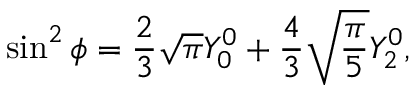
\sin ^ { 2 } \phi = \frac { 2 } { 3 } \sqrt { \pi } Y _ { 0 } ^ { 0 } + \frac { 4 } { 3 } \sqrt { \frac { \pi } { 5 } } Y _ { 2 } ^ { 0 } ,